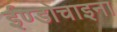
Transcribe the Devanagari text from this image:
ईण्डोचाइना